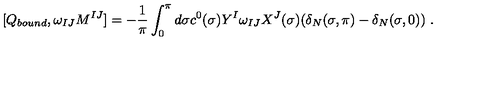
[ Q _ { b o u n d } , \omega _ { I J } M ^ { I J } ] = - \frac { 1 } { \pi } \int _ { 0 } ^ { \pi } d \sigma c ^ { 0 } ( \sigma ) Y ^ { I } \omega _ { I J } X ^ { J } ( \sigma ) ( \delta _ { N } ( \sigma , \pi ) - \delta _ { N } ( \sigma , 0 ) ) \ .